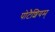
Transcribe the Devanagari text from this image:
पोटैशियम्‌